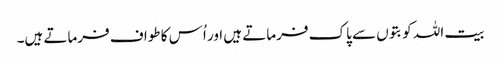
بیت اللہ کو بتوں سے پاک فرماتے ہیں اور اُس کا طواف فرماتے ہیں۔